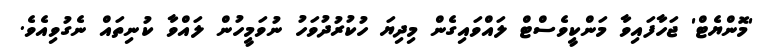
'މޮންޔެޓް' ޖަހާފައިވާ މަންކީވެސްޓް ލައްވައިގެން މިދިޔަ ހުކުރުދުވަހު ނުވަމީހުން ލައްވާ ކުނިތައް ނެގުވިއެވެ.